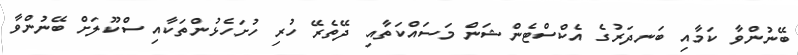
ބޭނުންވާ ކަމާއި ބަނދަރުގެ އެކްސްޓެންޝަން މަސައްކަތާއި ދޭތެރޭ ހުރި ހުށަހެޅުންތަކާއި ސްކޫލަށް ބޭނުންވާ